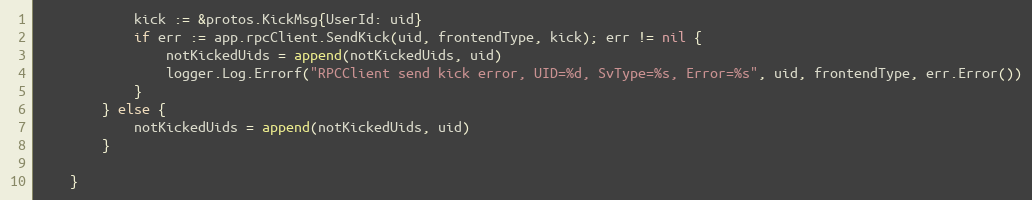
Language: Go
			kick := &protos.KickMsg{UserId: uid}
			if err := app.rpcClient.SendKick(uid, frontendType, kick); err != nil {
				notKickedUids = append(notKickedUids, uid)
				logger.Log.Errorf("RPCClient send kick error, UID=%d, SvType=%s, Error=%s", uid, frontendType, err.Error())
			}
		} else {
			notKickedUids = append(notKickedUids, uid)
		}

	}